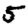
Digit: 5